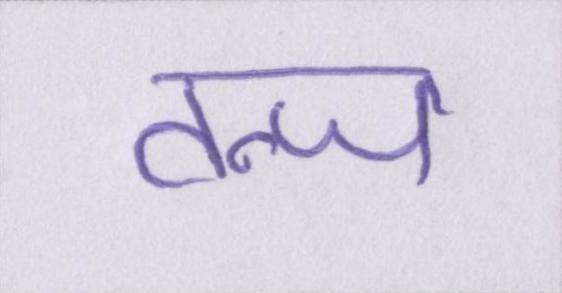
तन्ज